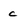
Character: C